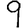
Digit: 9